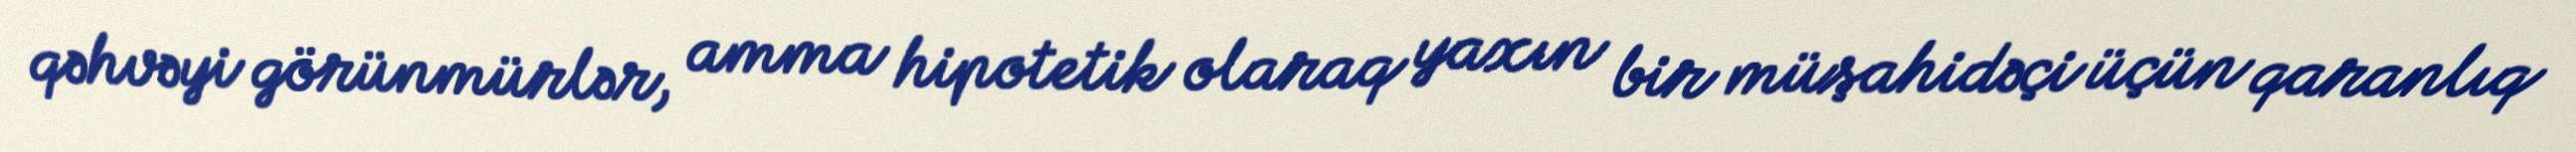
qəhvəyi görünmürlər, amma hipotetik olaraq yaxın bir müşahidəçi üçün qaranlıq